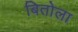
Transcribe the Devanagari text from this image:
बितोला